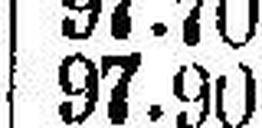
97.90